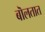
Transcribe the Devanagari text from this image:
बॊलतात